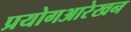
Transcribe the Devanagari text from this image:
प्रयोगआरेखन